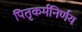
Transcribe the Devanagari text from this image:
पितृकर्मनिर्णय